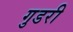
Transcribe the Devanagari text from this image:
गुडरी